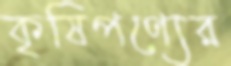
কৃষিপণ্যের